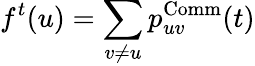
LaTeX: f^{t}(u)=\sum_{v\ne u}p_{uv}^{\operatorname{Comm}}(t)